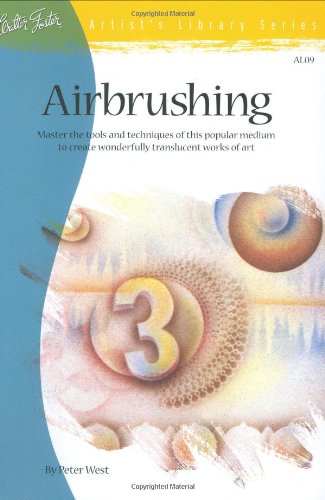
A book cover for Airbrushing (Artist's Library series #09); Peter West; Arts & Photography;